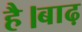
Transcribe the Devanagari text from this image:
है।बाढ़